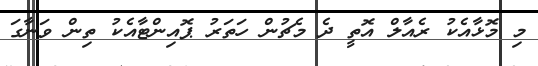
މި މޮޅާއެކު ރެއާލް އޮތީ ދެ މެޗުން ހަތަރު ޕޮއިންޓާއެކު ތިން ވަނާގަ